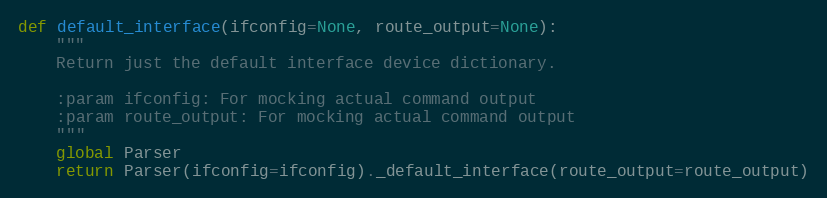
Language: Python
def default_interface(ifconfig=None, route_output=None):
    """
    Return just the default interface device dictionary.

    :param ifconfig: For mocking actual command output
    :param route_output: For mocking actual command output
    """
    global Parser
    return Parser(ifconfig=ifconfig)._default_interface(route_output=route_output)